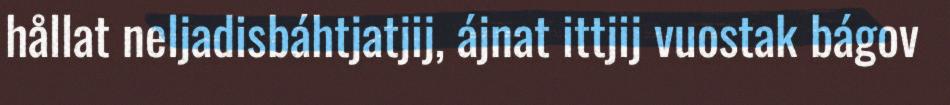
hållat neljadisbáhtjatjij, ájnat ittjij vuostak bágov